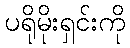
ပရိုမိုးရှင်းကို